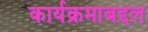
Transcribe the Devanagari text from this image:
कार्यक्रमाबद्दल